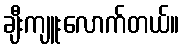
ချီးကျူးလောက်တယ်။